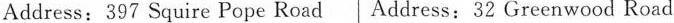
Address：397 Squire Pope Road Address：32 Greenwood Road